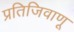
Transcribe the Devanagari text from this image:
प्रतिजिवाणू